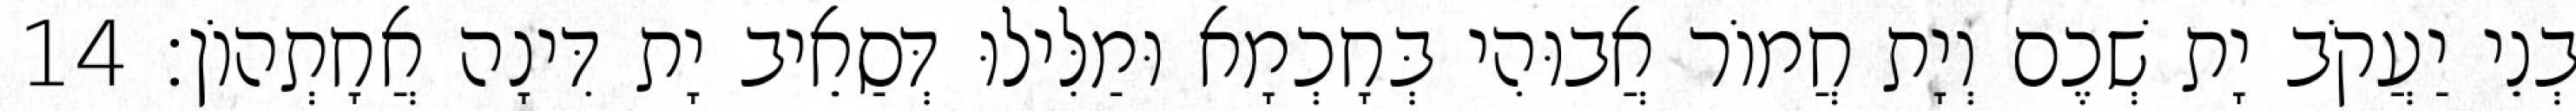
בְנֵי יַעֲקֹב יָת שְׁכֶם וְיָת חֲמוֹר אֲבוּהִי בְּחָכְמָא וּמַלִּילוּ דְּסַאֵיב יָת דִּינָה אֲחָתְהוֹן׃ 14